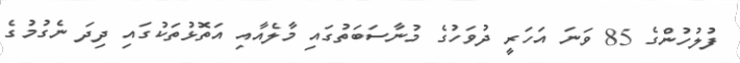
ފުލުހުންގެ 85 ވަނަ އަހަރީ ދުވަހުގެ މުނާސަބަތުގައި މާލެއާއި އަތޮޅުތަކުގައި ދިދަ ނެގުމުގެ